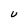
Character: U